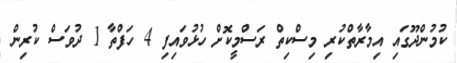
ކުމުންދޫގައި އިމާރާތްކުރި މިސްކިތް ރަސްމީކޮށް ހުޅުވައިފި 4 ހަފްތާ 1 ދުވަސް ކުރިން